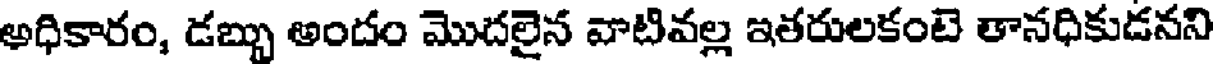
అధికారం, డబ్బు అందం మొదలైన వాటివల్ల ఇతరులకంటె తానధికుడనని